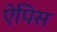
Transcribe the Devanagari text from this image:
ऐपिस